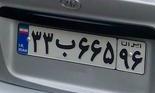
۳۳ب۶۶۵۹۶